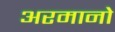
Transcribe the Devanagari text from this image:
अरमानो